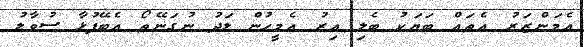
އެމަންޒަރު އެތައް ބަޔަކު ބެލި އިރު އެމީހުން ލަދު ނުގަނޭތޯ އެބޭފުޅާ ސުވާލު